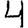
Digit: 4